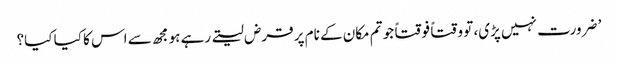
’ ضرورت نہیں پڑی، تو وقتاً فوقتاً جو تم مکان کے نام پر قرض لیتے رہے ہو مجھ سے اس کا کیا کیا؟